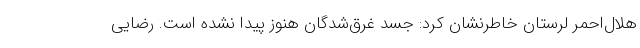
هلال‌احمر لرستان خاطرنشان کرد: جسد غرق‌شدگان هنوز پیدا نشده است. رضایی